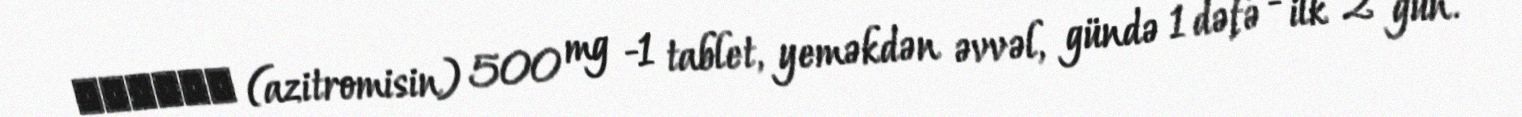
Зитмак (azitromisin) 500 mg -1 tablet, yeməkdən əvvəl, gündə 1 dəfə - ilk 2 gün.